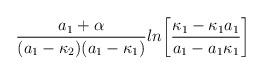
LaTeX: \begin{align*}{a_1+\alpha\over{(a_1-\kappa_2)(a_1-\kappa_1)}}ln\biggl[{{\kappa_1-\kappa_1a_1}\over{a_1-a_1\kappa_1}}\biggr]\end{align*}